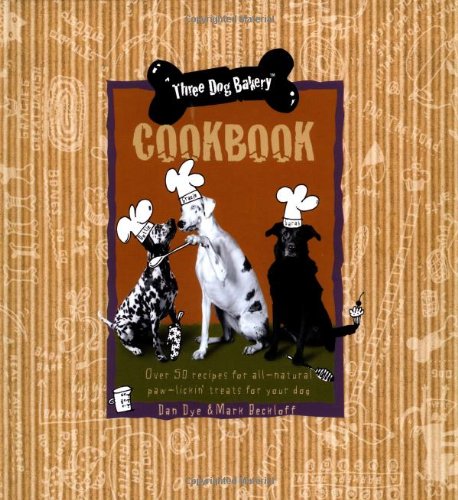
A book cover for Three Dog Bakery Cookbook: Over 50 Recipes for All-Natural Treats for Your Dog; Mark Beckloff; Crafts, Hobbies & Home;